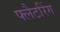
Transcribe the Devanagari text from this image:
फ्लैटरिंग